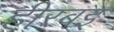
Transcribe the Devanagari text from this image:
हीरबइ